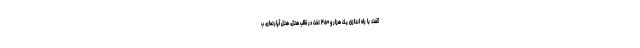
گفت: با راه اندازی یک هزار و ۴۵۰ تخت در قالب هتل، هتل آپارتمان، ب